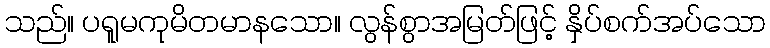
သည်။ ပရူမကုမိတမာနသော။ လွန်စွာအမြတ်ဖြင့် နှိပ်စက်အပ်သော